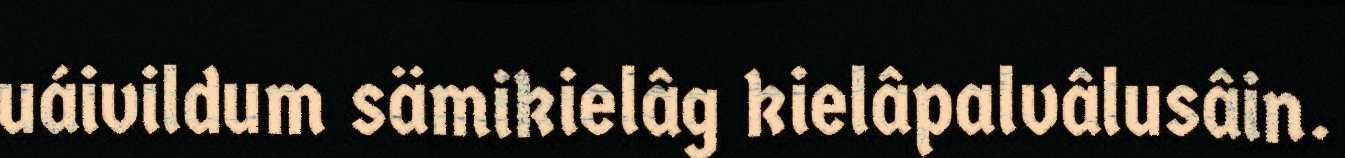
uáivildum sämikielâg kielâpalvâlusâin.